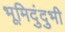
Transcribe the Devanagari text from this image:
भूमिदुंदुभी